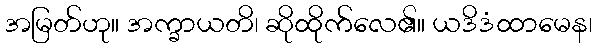
အမြတ်ဟု။ အက္ခာယတိ၊ ဆိုထိုက်လေ၏။ ယဒိဒံထာမေန၊